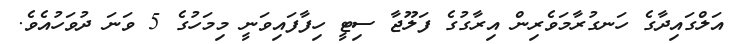
އަލްގައިދާގެ ހަނގުރާމަވެރިން އިރާގުގެ ފަލޫޖާ ސިޓީ ހިފާފައިވަނީ މިމަހުގެ 5 ވަނަ ދުވަހުއެވެ.